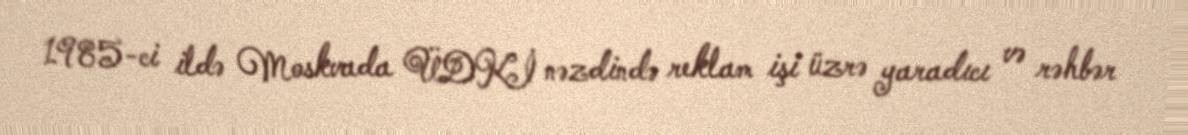
1985-ci ildə Moskvada ÜDKİ nəzdində reklam işi üzrə yaradıcı və rəhbər